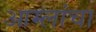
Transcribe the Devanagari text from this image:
आम्लांचा